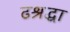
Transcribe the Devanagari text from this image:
ढश्रद्धा